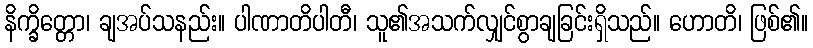
နိက္ခိတ္တော၊ ချအပ်သနည်း။ ပါဏာတိပါတီ၊ သူ၏အသက်လျှင်စွာချခြင်းရှိသည်။ ဟောတိ၊ ဖြစ်၏။